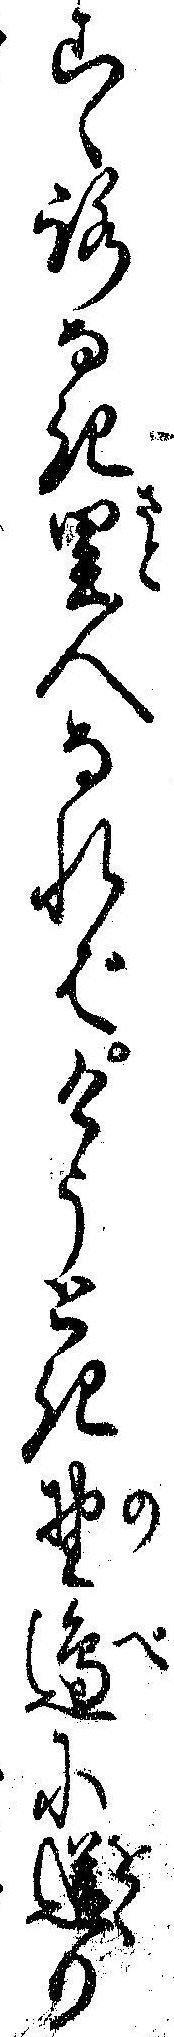
こゝろなき里人なればけうとき野辺に送り